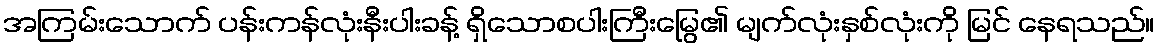
အကြမ်းသောက် ပန်းကန်လုံးနီးပါးခန့် ရှိသောစပါးကြီးမြွေ၏ မျက်လုံးနှစ်လုံးကို မြင် နေရသည်။